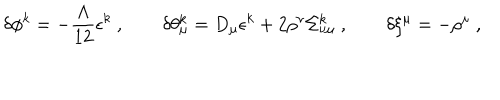
\delta \phi ^ { k } = - \frac { \Lambda } { 1 2 } \epsilon ^ { k } \ , \qquad \delta \theta _ { \mu } ^ { k } = D _ { \mu } \epsilon ^ { k } + 2 \rho ^ { \nu } \Sigma _ { \nu \mu } ^ { k } \ , \qquad \delta \xi ^ { \mu } = - \rho ^ { \mu } \ ,